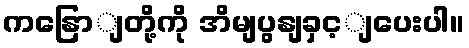
ကနြောျတို့ကို အိမျပွနျခှင့ျပေးပါ။